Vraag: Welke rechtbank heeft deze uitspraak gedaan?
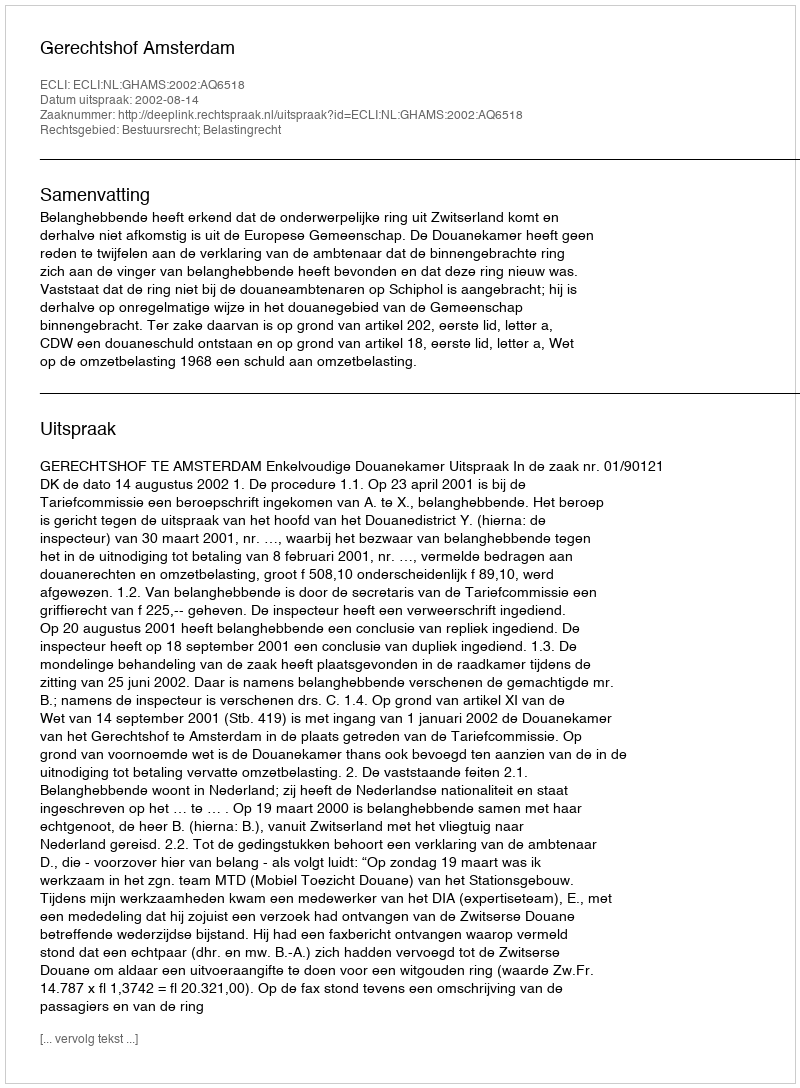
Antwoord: Gerechtshof Amsterdam